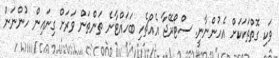
ވަކި ގޮތްތަކަކަށް އެހުންނާނީ. ސްޓޯރޭޖާ އެއްޗެހި ބަހައްޓާނެ ތަންތަން ވަރަށް ގިނައިން ހުންނަން